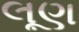
લૂણ